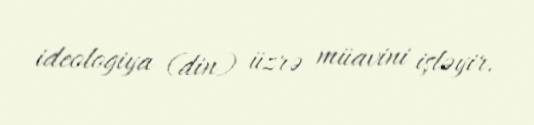
ideologiya (din) üzrə müavini işləyir.